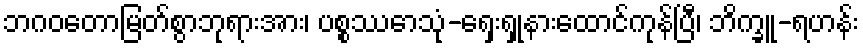
ဘဂဝတောမြတ်စွာဘုရားအား၊ ပစ္စဿောသုံ-ရှေးရှုနားထောင်ကုန်ပြီ၊ ဘိက္ခူ-ရဟန်း